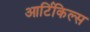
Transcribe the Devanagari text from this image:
आर्टिकिल्स